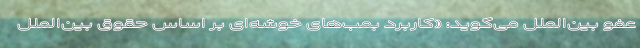
عفو بین‌الملل می‌گوید: «کاربرد بمب‌های خوشه‌ای بر اساس حقوق بین‌الملل